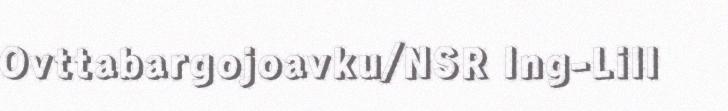
Ovttabargojoavku/NSR Ing-Lill